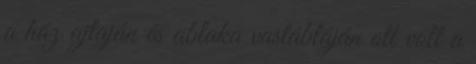
a ház ajtaján és ablaka vastábláján ott volt a